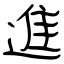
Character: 進